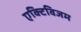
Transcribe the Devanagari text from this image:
एक्टिविजम